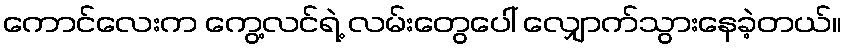
ကောင်လေးက ကွေ့လင်ရဲ့ လမ်းတွေပေါ် လျှောက်သွားနေခဲ့တယ်။